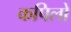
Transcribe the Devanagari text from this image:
कपिलो